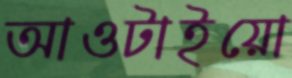
আওটাইয়ো